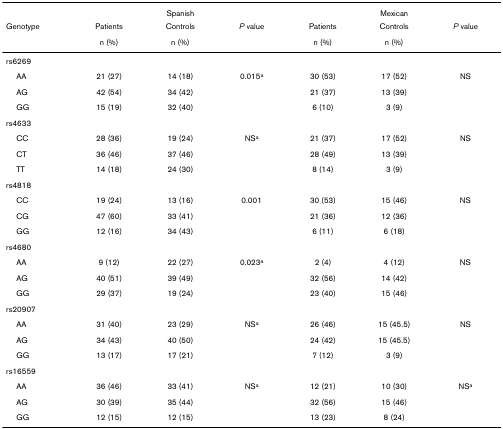
<table><thead><tr><td></td><td colspan="3"><b>Spanish</b></td><td colspan="3"><b>Mexican</b></td></tr><tr><td><b>Genotype</b></td><td><b>Patients</b></td><td><b>Controls</b></td><td><b><i>P </i>value</b></td><td><b>Patients</b></td><td><b>Controls</b></td><td><b><i>P </i>value</b></td></tr><tr><td></td><td><b>n (%)</b></td><td><b>n (%)</b></td><td></td><td><b>n (%)</b></td><td><b>n (%)</b></td><td></td></tr></thead><tbody><tr><td>rs6269</td><td></td><td></td><td></td><td></td><td></td><td></td></tr><tr><td> AA</td><td>21 (27)</td><td>14 (18)</td><td>0.015<sup>a</sup></td><td>30 (53)</td><td>17 (52)</td><td>NS</td></tr><tr><td> AG</td><td>42 (54)</td><td>34 (42)</td><td></td><td>21 (37)</td><td>13 (39)</td><td></td></tr><tr><td> GG</td><td>15 (19)</td><td>32 (40)</td><td></td><td>6 (10)</td><td>3 (9)</td><td></td></tr><tr><td>rs4633</td><td></td><td></td><td></td><td></td><td></td><td></td></tr><tr><td> CC</td><td>28 (36)</td><td>19 (24)</td><td>NS<sup>a</sup></td><td>21 (37)</td><td>17 (52)</td><td>NS</td></tr><tr><td> CT</td><td>36 (46)</td><td>37 (46)</td><td></td><td>28 (49)</td><td>13 (39)</td><td></td></tr><tr><td> TT</td><td>14 (18)</td><td>24 (30)</td><td></td><td>8 (14)</td><td>3 (9)</td><td></td></tr><tr><td>rs4818</td><td></td><td></td><td></td><td></td><td></td><td></td></tr><tr><td> CC</td><td>19 (24)</td><td>13 (16)</td><td>0.001</td><td>30 (53)</td><td>15 (46)</td><td>NS</td></tr><tr><td> CG</td><td>47 (60)</td><td>33 (41)</td><td></td><td>21 (36)</td><td>12 (36)</td><td></td></tr><tr><td> GG</td><td>12 (16)</td><td>34 (43)</td><td></td><td>6 (11)</td><td>6 (18)</td><td></td></tr><tr><td>rs4680</td><td></td><td></td><td></td><td></td><td></td><td></td></tr><tr><td> AA</td><td>9 (12)</td><td>22 (27)</td><td>0.023<sup>a</sup></td><td>2 (4)</td><td>4 (12)</td><td>NS</td></tr><tr><td> AG</td><td>40 (51)</td><td>39 (49)</td><td></td><td>32 (56)</td><td>14 (42)</td><td></td></tr><tr><td> GG</td><td>29 (37)</td><td>19 (24)</td><td></td><td>23 (40)</td><td>15 (46)</td><td></td></tr><tr><td>rs20907</td><td></td><td></td><td></td><td></td><td></td><td></td></tr><tr><td> AA</td><td>31 (40)</td><td>23 (29)</td><td>NS<sup>a</sup></td><td>26 (46)</td><td>15 (45.5)</td><td>NS</td></tr><tr><td> AG</td><td>34 (43)</td><td>40 (50)</td><td></td><td>24 (42)</td><td>15 (45.5)</td><td></td></tr><tr><td> GG</td><td>13 (17)</td><td>17 (21)</td><td></td><td>7 (12)</td><td>3 (9)</td><td></td></tr><tr><td>rs16559</td><td></td><td></td><td></td><td></td><td></td><td></td></tr><tr><td> AA</td><td>36 (46)</td><td>33 (41)</td><td>NS<sup>a</sup></td><td>12 (21)</td><td>10 (30)</td><td>NS<sup>a</sup></td></tr><tr><td> AG</td><td>30 (39)</td><td>35 (44)</td><td></td><td>32 (56)</td><td>15 (46)</td><td></td></tr><tr><td> GG</td><td>12 (15)</td><td>12 (15)</td><td></td><td>13 (23)</td><td>8 (24)</td><td></td></tr></tbody></table>